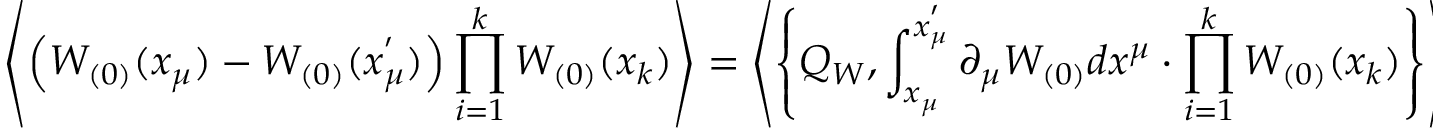
\left\langle \left( W _ { ( 0 ) } ( x _ { \mu } ) - W _ { ( 0 ) } ( x _ { \mu } ^ { ' } ) \right) \prod _ { i = 1 } ^ { k } W _ { ( 0 ) } ( x _ { k } ) \right\rangle = \left\langle \left\{ Q _ { W } , \int _ { x _ { \mu } } ^ { x _ { \mu } ^ { ' } } \partial _ { \mu } W _ { ( 0 ) } d x ^ { \mu } \cdot \prod _ { i = 1 } ^ { k } W _ { ( 0 ) } ( x _ { k } ) \right\} \right\rangle = 0 ,